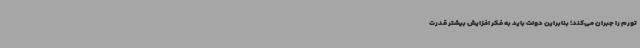
تورم را جبران می‌کند؛ بنابراین دولت باید به فکر افزایش بیشتر قدرت